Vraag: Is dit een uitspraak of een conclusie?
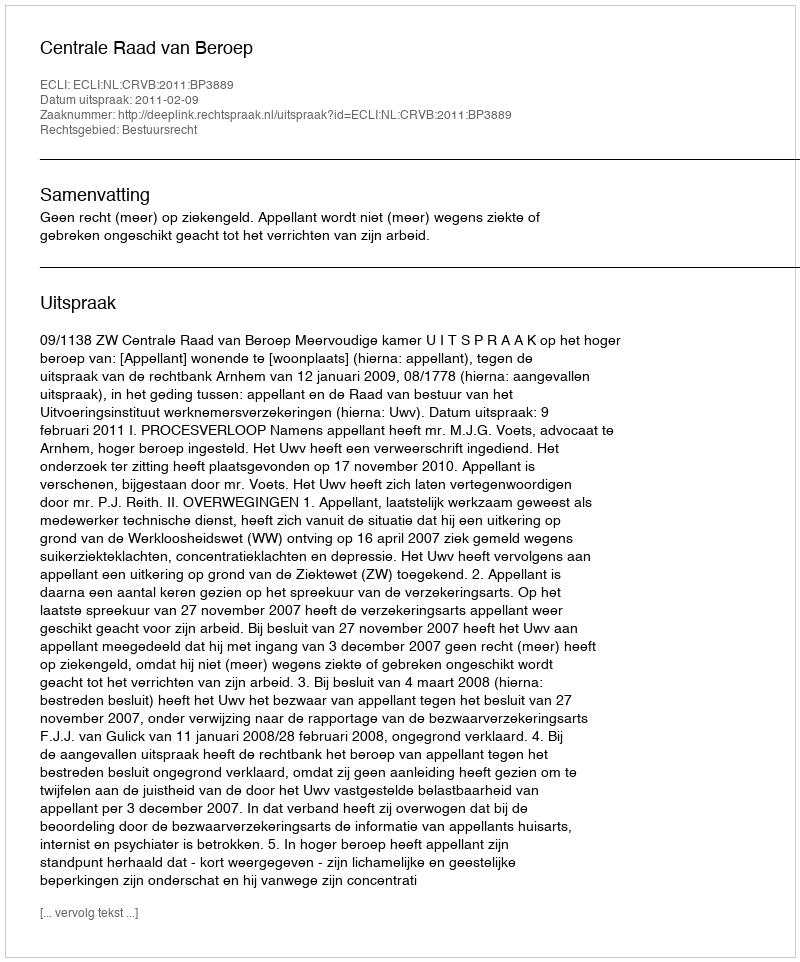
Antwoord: Uitspraak